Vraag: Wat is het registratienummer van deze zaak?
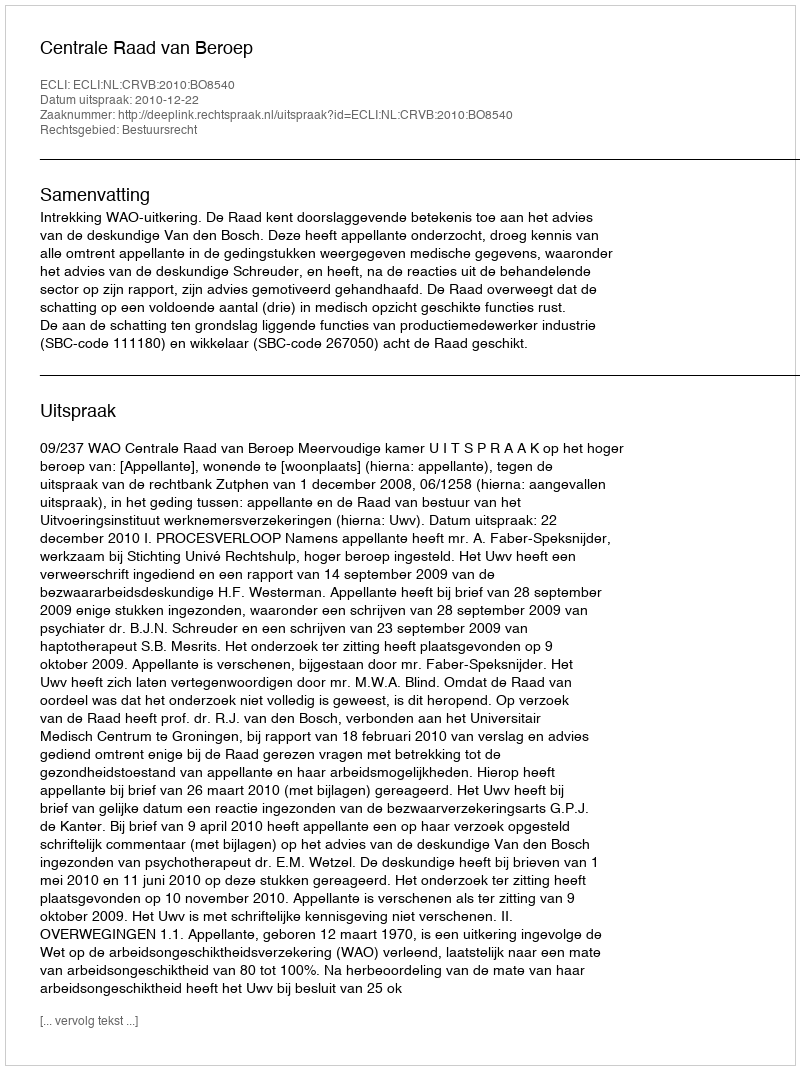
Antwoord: http://deeplink.rechtspraak.nl/uitspraak?id=ECLI:NL:CRVB:2010:BO8540